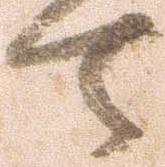
て